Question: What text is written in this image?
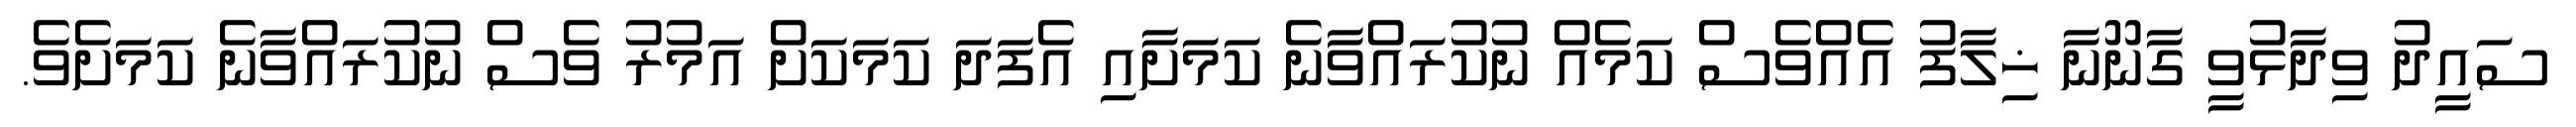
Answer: ސައީދު ވިދާޅުވީ ގާނޫނާ ޚިލާފު އެއްވެސް ކަމެއް ނުކުރައްވާނެ ކަމަށާއި އެފަދަ ކަމަކަށް އަމުރު ވެސް ނުކުރައްވާނެ ކަމަށެވެ.